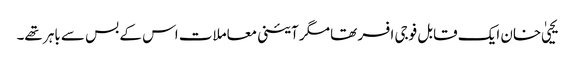
یحییٰ خان ایک قابل فوجی افسر تھا مگر آئینی معاملات اس کے بس سے باہر تھے۔